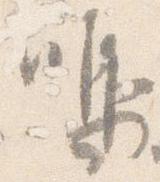
鳴